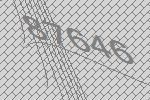
87646